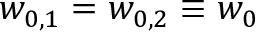
w _ { 0 , 1 } = w _ { 0 , 2 } \equiv w _ { 0 }